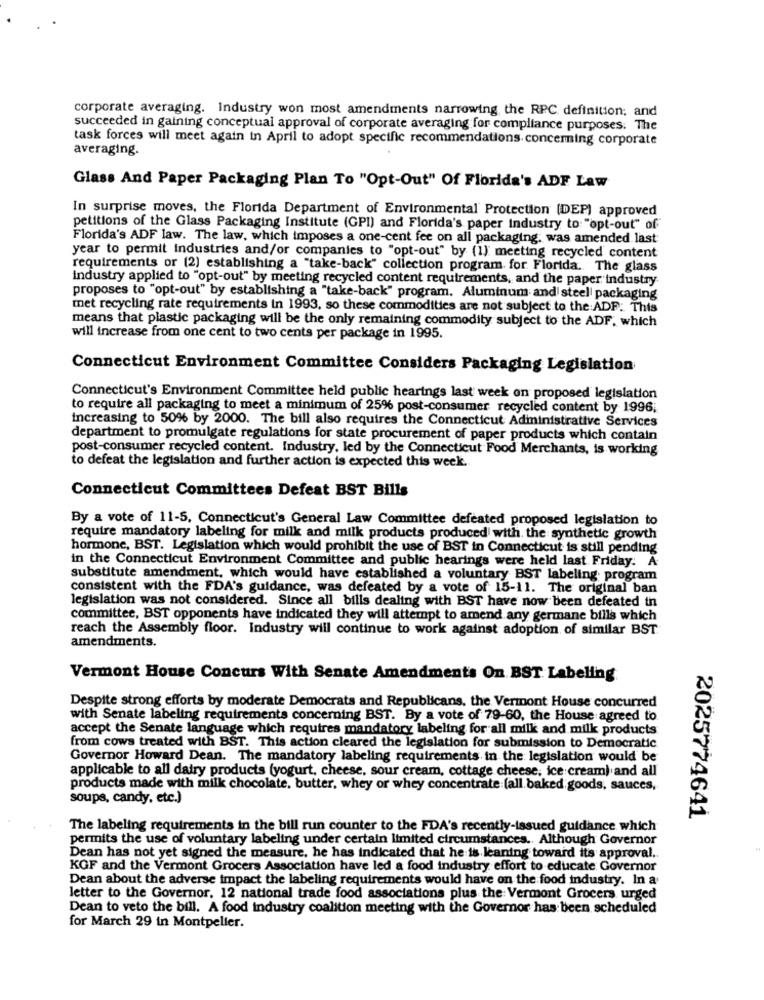
corporate averaging. Industry won most amendments narrowing the RPC definition; and
succeeded in gaining conceptual approval of corporate averaging for compliance purposes. The
task forces will meet again in April to adopt specific recommendations concerning corporate
averaging.
Glass And Paper Packaging Plan To "Opt-Out" Of Florida's ADF Law
In surprise moves, the Florida Department of Environmental Protection (DEP) approved
petitions of the Glass Packaging Institute (GPI) and Florida's paper Industry to: "opt-out" of"
Florida's ADF law. The law, which imposes a one-cent fee on all packaging, was amended last
year to permit industries and/or companies to "opt-out" by (1) meeting recycled content
requirements or (2) establishing a "take-back" collection program for Florida. The glass
industry applied to "opt-out" by meeting recycled content requirements, and the paper industry
proposes to "opt-out" by establishing a "take-back" program. Aluminum and steel| packaging
met recycling rate requirements in 1993, so these commodities are not subject to the ADF. This
means that plastic packaging will be the only remaining commodity subject to the ADF, which
will increase from one cent to two cents per package in 1995.
Connecticut Environment Committee Considers Packaging Legislation
Connecticut's Environment Committee held public hearings last week on proposed legislation
to require all packaging to meet a minimum of 25% post-consumer recycled content by 1996;
increasing to 50% by 2000. The bill also requires the Connecticut Administrative Services
department to promulgate regulations for state procurement of paper products which contain
post-consumer recycled content. Industry, led by the Connecticut Food Merchants, is working
to defeat the legislation and further action is expected this week.
Connecticut Committees Defeat BST Bills
By a vote of 11-5, Connecticut's General Law Committee defeated proposed legislation to
require mandatory labeling for milk and milk products produced with the synthetic growth
hormone, BST. Legislation which would prohibit the use of BST in Connecticut is still pending
in the Connecticut Environment Committee and public hearings were held last Friday. A
substitute amendment, which would have established a voluntary BST labeling program
consistent with the FDA's guidance, was defeated by a vote of 15-11. The original ban
legislation was not considered. Since all bills dealing with BST have now been defeated in
committee, BST opponents have indicated they will attempt to amend any germane bills which
reach the Assembly floor. Industry will continue to work against adoption of similar BST
amendments.
Vermont House Concurs With Senate Amendments On BST Labeling
Despite strong efforts by moderate Democrats and Republicans, the Vermont House concurred
with Senate labeling requirements concerning BST. By a vote of 79-60, the House agreed to
accept the Senate language which requires mandatory labeling for all milk and milk products
from cows treated with BST. This action cleared the legislation for submission to Democratic
Governor Howard Dean. The mandatory labeling requirements in the legislation would be
applicable to all dairy products (yogurt, cheese, sour cream, cottage cheese; ice cream) and all
products made with milk chocolate, butter, whey or whey concentrate:[all. baked goods, sauces,
soups, candy, etc.)
2025774641
The labeling requirements in the bill run counter to the FDA's recently-issued guidance which
permits the use of voluntary labeling under certain limited circumstances. Although Governor
Dean has not yet signed the measure, he has indicated that he is leaning toward its approval ..
KGF and the Vermont Grocers Association have led a food industry effort to educate Governor
Dean about the adverse impact the labeling requirements would have on the food industry. In a
letter to the Governor. 12 national trade food associations plus the Vermont Grocers urged
Dean to veto the bill. A food industry coalition meeting with the Governor has been scheduled
for March 29 in Montpelier.